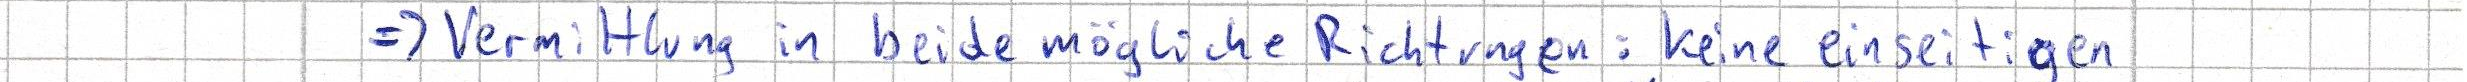
=> Vermittlung in beide mögliche Richtungen: keine einseitigen